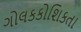
ગોલકકોશિકતા